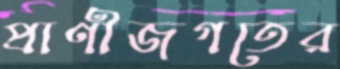
প্রাণীজগতের